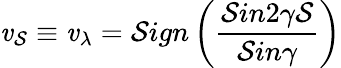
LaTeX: {\mathit{v}}_{\mathcal{S}}\equiv{\mathit{v}}_{\lambda}=\mathcal{S}ign\left(\frac{{\mathcal{S}in2\gamma\mathcal{S}}}{{\mathcal{S}in\gamma}}\right)